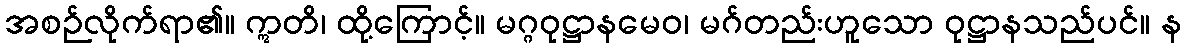
အစဉ်လိုက်ရာ၏။ ဣတိ၊ ထို့ကြောင့်။ မဂ္ဂဝုဋ္ဌာနမေဝ၊ မဂ်တည်းဟူသော ဝုဋ္ဌာနသည်ပင်။ န